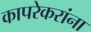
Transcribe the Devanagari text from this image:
कापरेकरांना